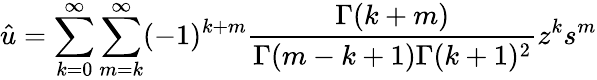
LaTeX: {\hat{u}}=\sum_{k=0}^{\infty}\sum_{m=k}^{\infty}(-1)^{k+m}\frac{\Gamma(k+m)}{\Gamma(m-k+1)\Gamma(k+1)^{2}}z^{k}s^{m}